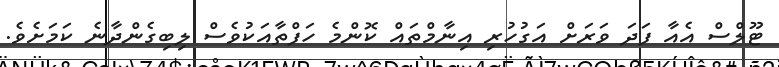
ޓޫލްސް އެއާ ފަދަ ވަރަށް އަގުހުރި އިނާމްތައް ކޮންމެ ހަފްތާއަކުވެސް ލިބިގެންދާނެ ކަމަށެވެ.